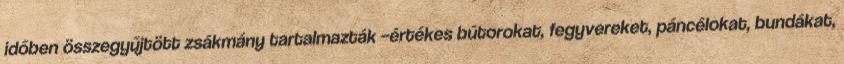
időben összegyűjtött zsákmány tartalmazták –értékes bútorokat, fegyvereket, páncélokat, bundákat,